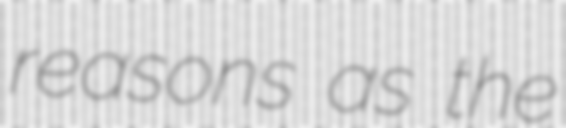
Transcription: reasons as the